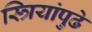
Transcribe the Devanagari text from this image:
स्त्रियांपुढे